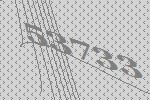
53733